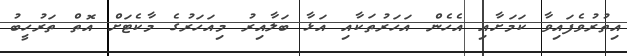
އިތުރުވެފައިވާ ކަމަށާއި އެހެން އަހަރުތަކާއި އަޅާ ބަލާއިރު މިއަހަރުގެ މާކެޓަށް އޮތް ތަރުހީބު